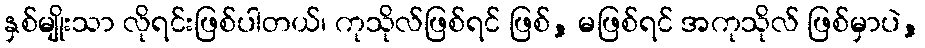
နှစ်မျိုးသာ လိုရင်းဖြစ်ပါတယ်၊ ကုသိုလ်ဖြစ်ရင် ဖြစ်, မဖြစ်ရင် အကုသိုလ် ဖြစ်မှာပဲ,